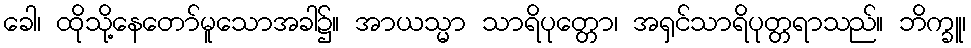
ခေါ၊ ထိုသို့နေတော်မူသောအခါ၌။ အာယသ္မာ သာရိပုတ္တော၊ အရှင်သာရိပုတ္တရာသည်။ ဘိက္ခူ၊